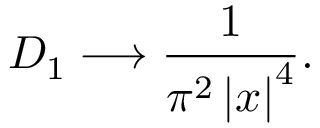
{ \cal D } _ { 1 } \longrightarrow \frac { 1 } { \pi ^ { 2 } \left| x \right| ^ { 4 } } .